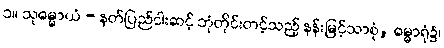
၁။ သုဓမ္မာယံ - နတ်ပြည်ငါးဆင့် ဘုံတိုင်းတင့်သည့် နန်းမြင့်သာစုံ, ဓမ္မာရုံ၌၊